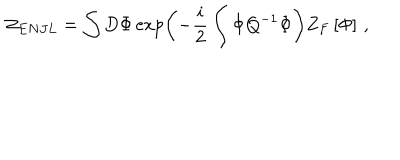
{ \cal Z } _ { E N J L } = \int D \Phi \exp \left( - { \frac { i } { 2 } } \int \Phi Q ^ { - 1 } \Phi \right) Z _ { F } \left[ \Phi \right] \, ,